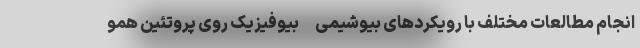
انجام مطالعات مختلف با رویکردهای بیوشیمی-بیوفیزیک روی پروتئین همو